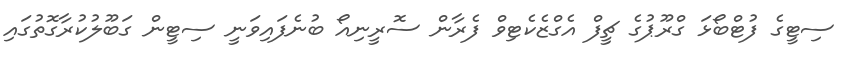
ސިޓީގެ ފުޓްބޯޅަ ގްރޫޕުގެ ޗީފް އެގްޒެކެޓިވް ފެރާން ސޮރީނިއޯ ބުނެފައިވަނީ ސިޓީން ގަބޫލުކުރާގޮތުގައި